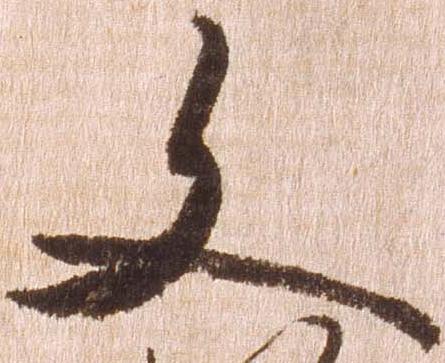
文